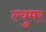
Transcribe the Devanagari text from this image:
ल्युमर